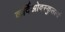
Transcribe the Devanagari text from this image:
कर्दिओवस्कुलर्ल्य